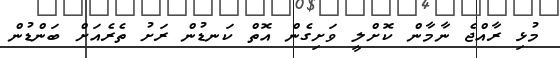
މުޅި ރާއްޖެ ނާމާން ކޮށްލީ ވަށިގެން އޮތް ކަނޑުން ރަށު ތެރެއަށް ބަންޑުން